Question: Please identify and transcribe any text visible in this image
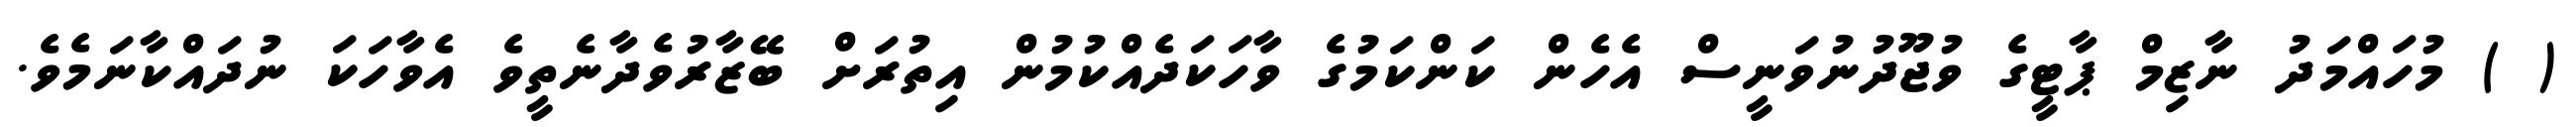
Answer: ( ) މުހައްމަދު ނާޒިމް ޕާޓީގެ ވުޖޫދުނުވަނީސް އެހެން ކަންކަމުގެ ވާހަކަދެއްކުމުން އިތުރަށް ބޭޒާރުވެދާނެތީވެ އެވާހަކަ ނުދައްކާނަމެވެ.